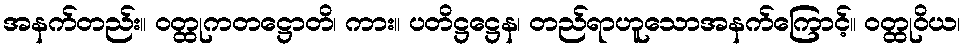
အနက်တည်း။ ဝတ္ထုကတဋ္ဌောတိ၊ ကား။ ပတိဋ္ဌဋ္ဌေန၊ တည်ရာဟူသောအနက်ကြောင့်။ ဝတ္ထုဝိယ၊